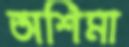
অশিমা